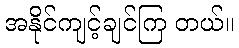
အနိုင်ကျင့်ချင်ကြ တယ်။